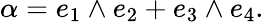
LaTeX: \alpha=e_{1}\wedge e_{2}+e_{3}\wedge e_{4}.